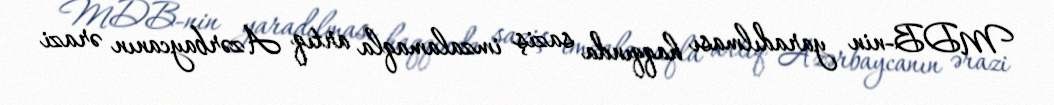
MDB-nin yaradılması haqqında saziş imzalamaqla artıq Azərbaycanın ərazi